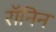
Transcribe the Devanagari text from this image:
रॉनिन